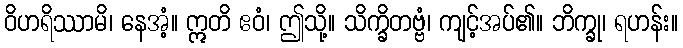
ဝိဟရိဿာမိ၊ နေအံ့။ ဣတိ ဧဝံ၊ ဤသို့။ သိက္ခိတဗ္ဗံ၊ ကျင့်အပ်၏။ ဘိက္ခု၊ ရဟန်း။